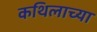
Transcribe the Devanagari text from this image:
कथिलाच्या